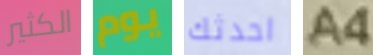
الكثير يوم احدثك A4